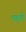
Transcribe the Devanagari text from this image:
महनी